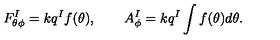
F _ { \theta \phi } ^ { I } = k q ^ { I } f ( \theta ) , \qquad A _ { \phi } ^ { I } = k q ^ { I } \int f ( \theta ) d \theta .